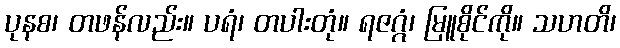
ပုနစ၊ တဖန်လည်း။ ပရံ၊ တပါးတုံ။ ရဇဂ္ဂံ၊ မြူစိုင်ကို။ သဟတိ၊